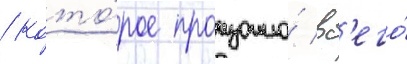
/ кото́рое произошло́ вс'его́